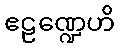
ဧဠဏ္ဍေဟိ